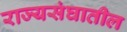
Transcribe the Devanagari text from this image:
राज्यसंघातील